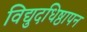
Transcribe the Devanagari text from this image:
विद्युदधिष्ठापन